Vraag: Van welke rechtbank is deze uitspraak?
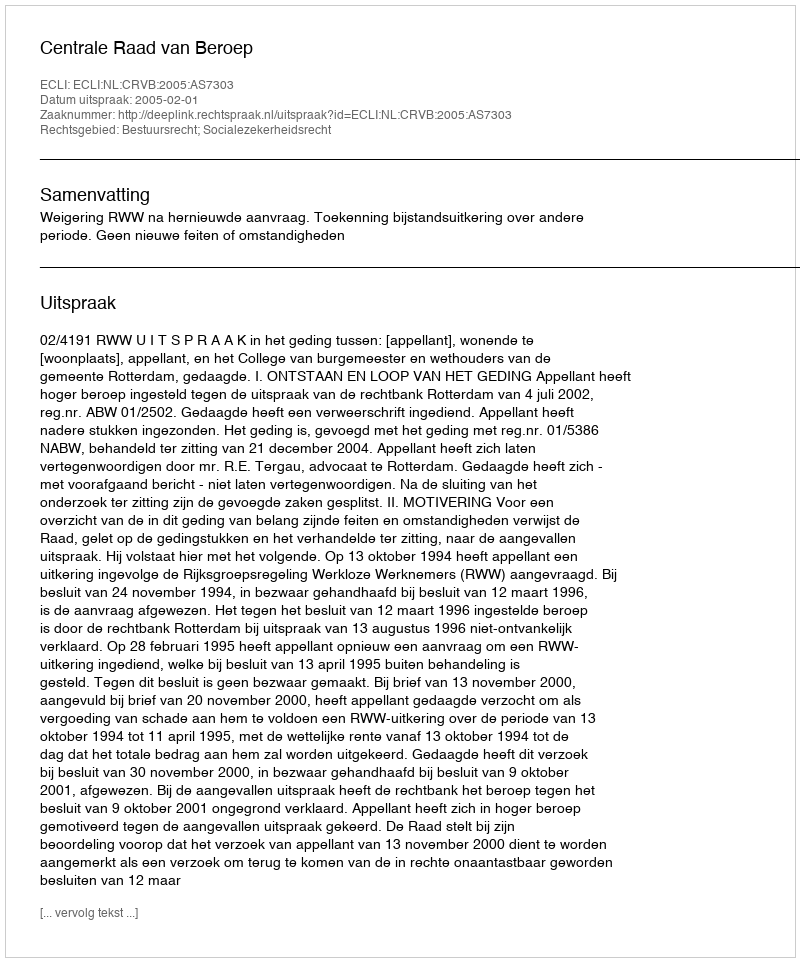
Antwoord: Centrale Raad van Beroep